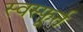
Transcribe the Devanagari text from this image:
स्वस्फ़ूर्त